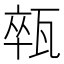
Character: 𤭢